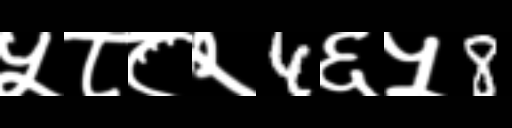
Text: ५८८२4६५8